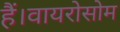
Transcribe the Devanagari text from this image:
हैं।वायरोसोम